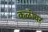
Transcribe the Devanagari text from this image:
कळीवर